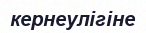
кернеулігіне